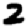
Digit: 2